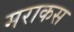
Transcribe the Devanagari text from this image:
मराकस